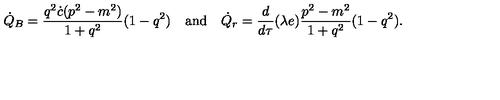
\dot { Q } _ { B } = \frac { q ^ { 2 } \dot { c } ( p ^ { 2 } - m ^ { 2 } ) } { 1 + q ^ { 2 } } ( 1 - q ^ { 2 } ) \quad \mathrm { a n d } \quad \dot { Q } _ { r } = \frac { d } { d \tau } ( \lambda e ) \frac { p ^ { 2 } - m ^ { 2 } } { 1 + q ^ { 2 } } ( 1 - q ^ { 2 } ) .